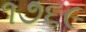
૧૭૬૯